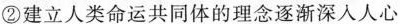
②建立人类命运共同体的理念逐渐深人人心